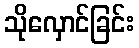
သိုလှောင်ခြင်း